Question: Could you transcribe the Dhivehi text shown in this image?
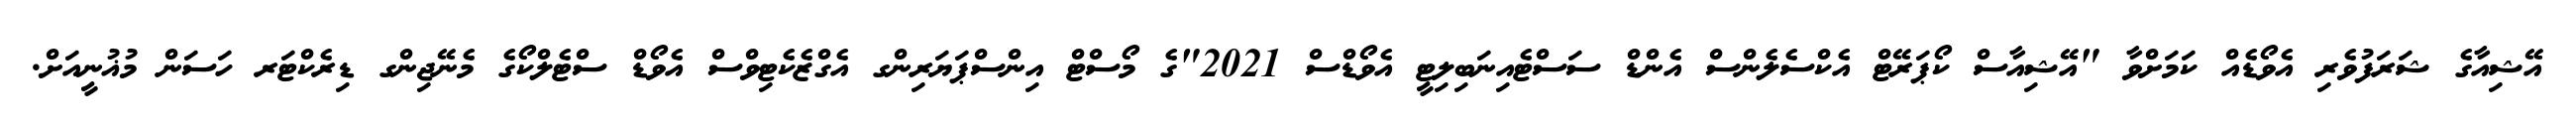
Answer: އޭޝިއާގެ ޝަރަފުވެރި އެވޯޑެއް ކަމަށްވާ "އޭޝިއާސް ކޯޕަރޭޓް އެކްސެލެންސް އެންޑް ސަސްޓެއިނަބިލިޓީ އެވޯޑްސް 2021"ގެ މޯސްޓް އިންސްޕަޔަރިންގ އެގްޒެކެޓިވްސް އެވޯޑް ސްޓެލްކޯގެ މެނޭޖިންގ ޑިރެކްޓަރ ހަސަން މުޣުނީއަށް.